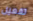
تفعيل